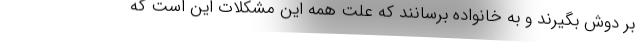
بر دوش بگیرند و به خانواده برسانند که علت همه این مشکلات این است که